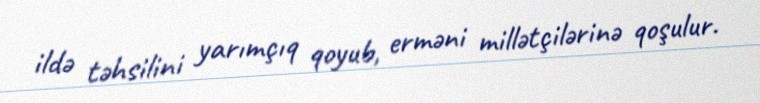
ildə təhsilini yarımçıq qoyub, erməni millətçilərinə qoşulur.